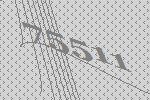
75511